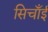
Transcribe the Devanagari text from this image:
सिचाँई